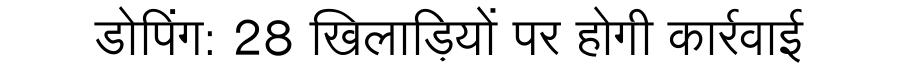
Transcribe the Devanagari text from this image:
डोपिंग: 28 खिलाड़ियों पर होगी कार्रवाई